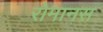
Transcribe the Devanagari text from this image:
रोमानस